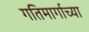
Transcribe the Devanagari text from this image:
गतिमार्गाच्या